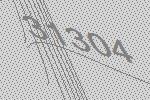
31304